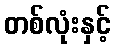
တစ်လုံးနှင့်